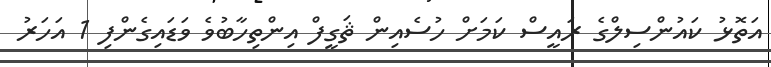
އަތޮޅު ކައުންސިލްގެ ރައީސް ކަމަށް ހުސެއިން ޘަގީފް އިންތިހާބުވެ ވަޑައިގެންފި 1 އަހަރު